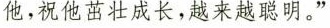
他，祝他茁壮成长，越来越聪明。"